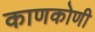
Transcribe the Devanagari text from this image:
काणकोणी